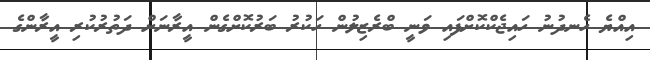
އިއްޔެ ހެނދުނު ހައިޖެކްކޮށްފައި ވަނީ ބްރެޒިލުން ހަކުރު ބަރުކޮށްގެން އީރާނަށް ދަތުރުކުރި އީރާންގެ